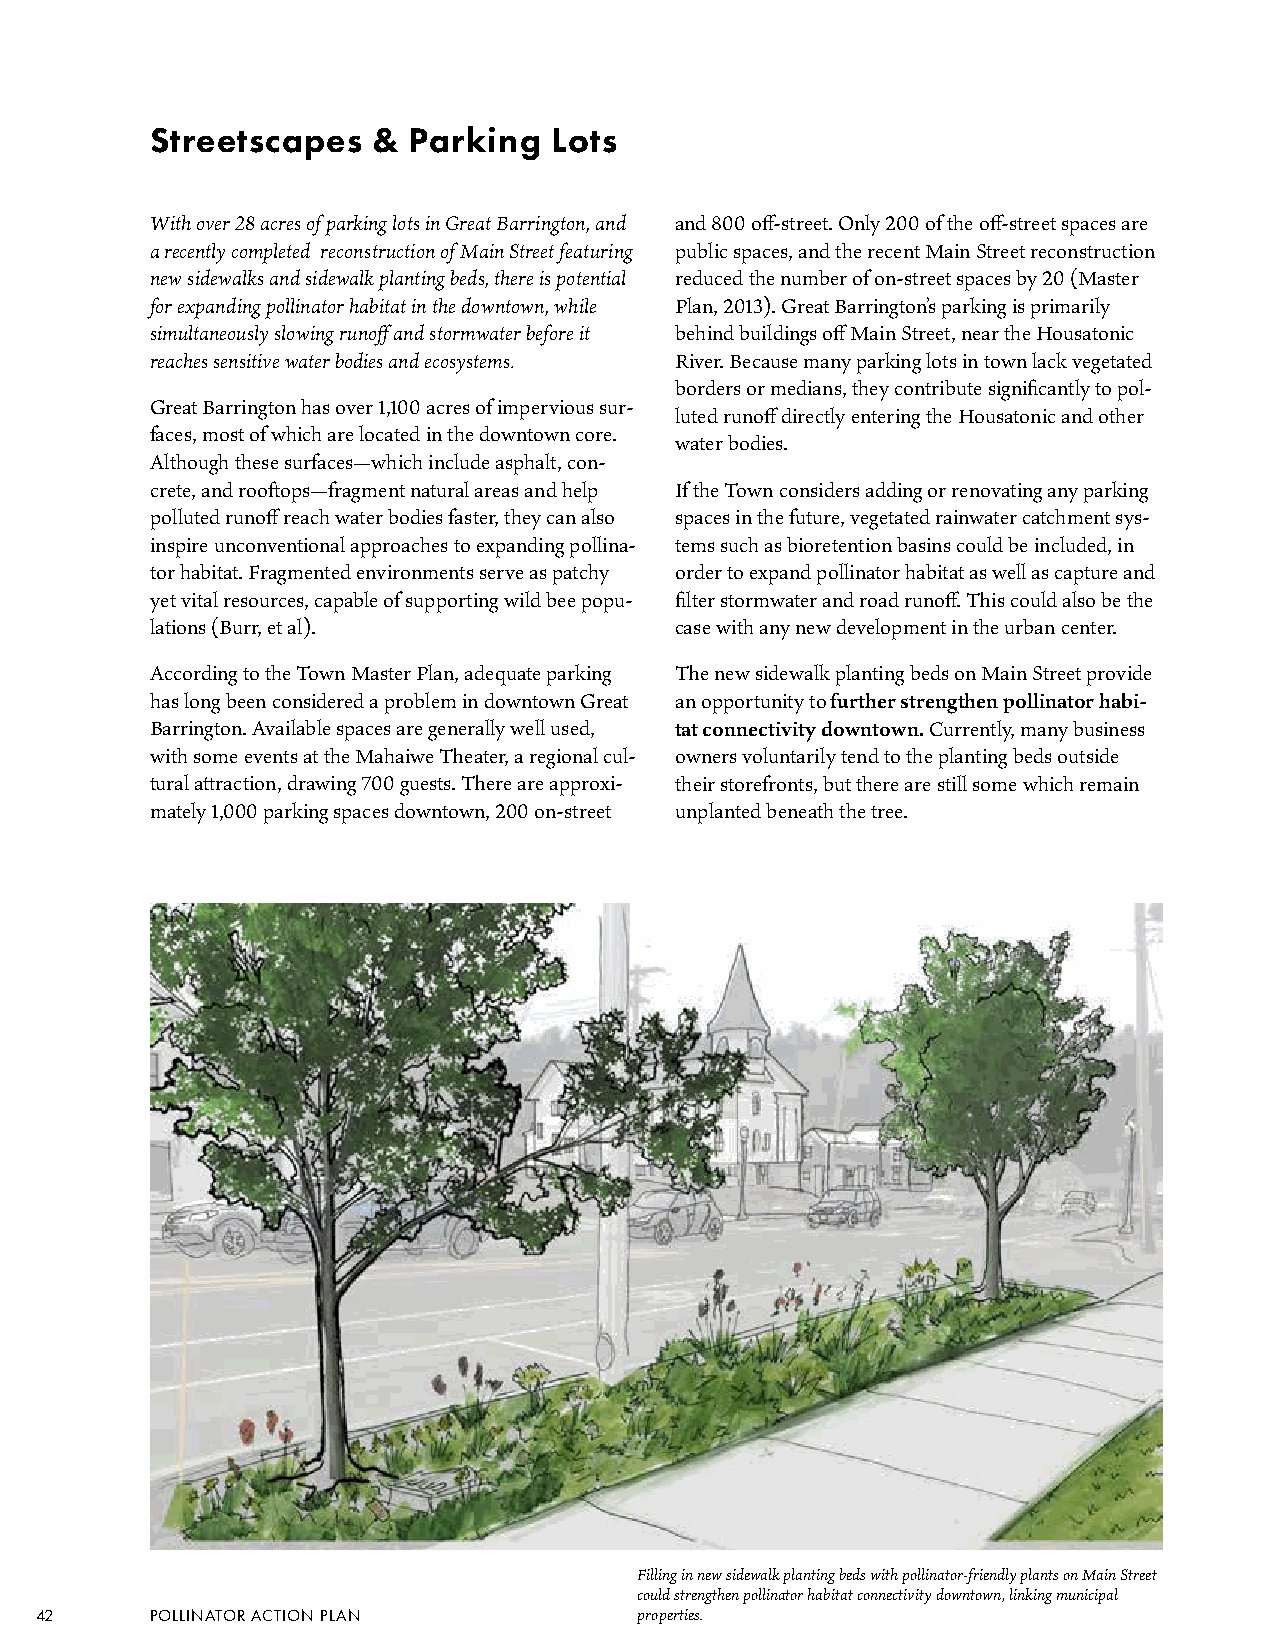
Streetscapes   & Parking  Lots
 With over 28 acres of parking lots in Great Barrington, and and 800 off-street. Only 200 of the off-street spaces are
 a recently completed reconstruction of Main Street featuring public spaces, and the recent Main Street reconstruction
 new sidewalks and sidewalk planting beds, there is potential reduced the number of on-street spaces by 20 (Master
 for expanding pollinator habitat in the downtown, while Plan, 2013). Great Barrington’s parking is primarily
 simultaneously slowing runoff and stormwater before it behind buildings off Main Street, near the Housatonic
 reaches sensitive water bodies and ecosystems. River. Because many parking lots in town lack vegetated
 borders or medians, they contribute significantly to pol-
 Great Barrington has over 1,100 acres of impervious sur-
 luted runoff directly entering the Housatonic and other
 faces, most of which are located in the downtown core.
 water bodies.
 Although these surfaces—which include asphalt, con-
 crete, and rooftops—fragment natural areas and help If the Town considers adding or renovating any parking
 polluted runoff reach water bodies faster, they can also spaces in the future, vegetated rainwater catchment sys-
 inspire unconventional approaches to expanding pollina- tems such as bioretention basins could be included, in
 tor habitat. Fragmented environments serve as patchy order to expand pollinator habitat as well as capture and
 yet vital resources, capable of supporting wild bee popu- filter stormwater and road runoff. This could also be the
 lations (Burr, et al).             case with any new development in the urban center.
 According to the Town Master Plan, adequate parking The new sidewalk planting beds on Main Street provide
 has long been considered a problem in downtown Great an opportunity to further strengthen pollinator habi-
 Barrington. Available spaces are generally well used, tat connectivity downtown. Currently, many business
 with some events at the Mahaiwe Theater, a regional cul- owners voluntarily tend to the planting beds outside
 tural attraction, drawing 700 guests. There are approxi- their storefronts, but there are still some which remain
 mately 1,000 parking spaces downtown, 200 on-street unplanted beneath the tree.
 Filling in new sidewalk planting beds with pollinator-friendly plants on Main Street
 could strengthen pollinator habitat connectivity downtown, linking municipal
 42      POLLINATOR ACTION PLAN          properties.